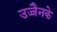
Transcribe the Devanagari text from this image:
उज्जैनके